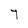
Character: T